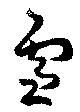
雪